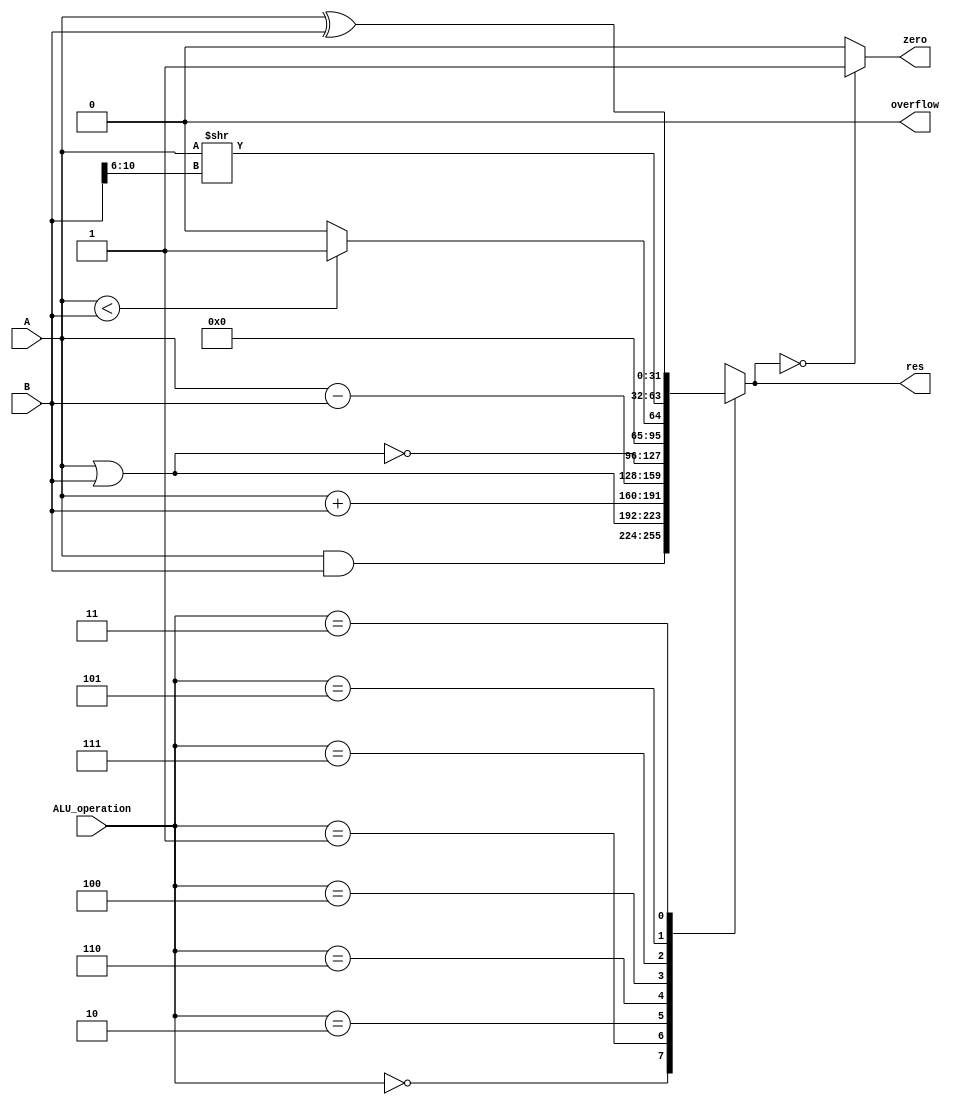
`timescale 1ns / 1ps
//////////////////////////////////////////////////////////////////////////////////
// Company:
// Engineer:
//
// Design Name:
// Module Name:    ALU_v
// Project Name:
// Target Devices:
// Tool versions:
// Description:
//
// Dependencies:
//
// Revision:
// Revision 0.01 - File Created
// Additional Comments:
//
//////////////////////////////////////////////////////////////////////////////////
module alu(input [31:0]A, B,
			input[2:0] ALU_operation,
			output reg [31:0] res,
			output zero, overflow);
	wire [31:0] res_and,res_or,res_add,res_sub,res_nor,res_slt,res_srl,res_xor;
	
	parameter one = 32'h00000001, zero_0 = 32'h00000000;
	assign res_and= A&B;
	assign res_or= A|B;
	assign res_nor=~(A|B);
	assign {overflow,res_add}=(ALU_operation==010)? (A+B):{1'b0,{A+B}};
	assign {overflow,res_sub}=(ALU_operation==110)? (A-B):{1'b0,{A-B}};
	assign res_srl=A>>B[10:6];
	assign res_xor=A^B;
	assign res_slt=(A < B) ? one : zero_0;
 
	always@ * begin
		case (ALU_operation)
			3'b000: res=res_and;
			3'b001: res=res_or;
			3'b010: res=res_add;
			3'b110: res=res_sub;
			3'b100: res=res_nor;
			3'b111: res=res_slt;
			3'b101: res=res_srl;
			3'b011: res=res_xor;
			default: res=32'hx;
		endcase
	end
	assign zero = (res==32'b0)? 1'b1: 1'b0;
endmodule